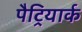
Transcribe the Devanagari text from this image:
पैट्रियार्क